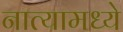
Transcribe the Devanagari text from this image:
नात्यामध्ये